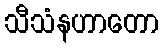
သီသံနဟာတော